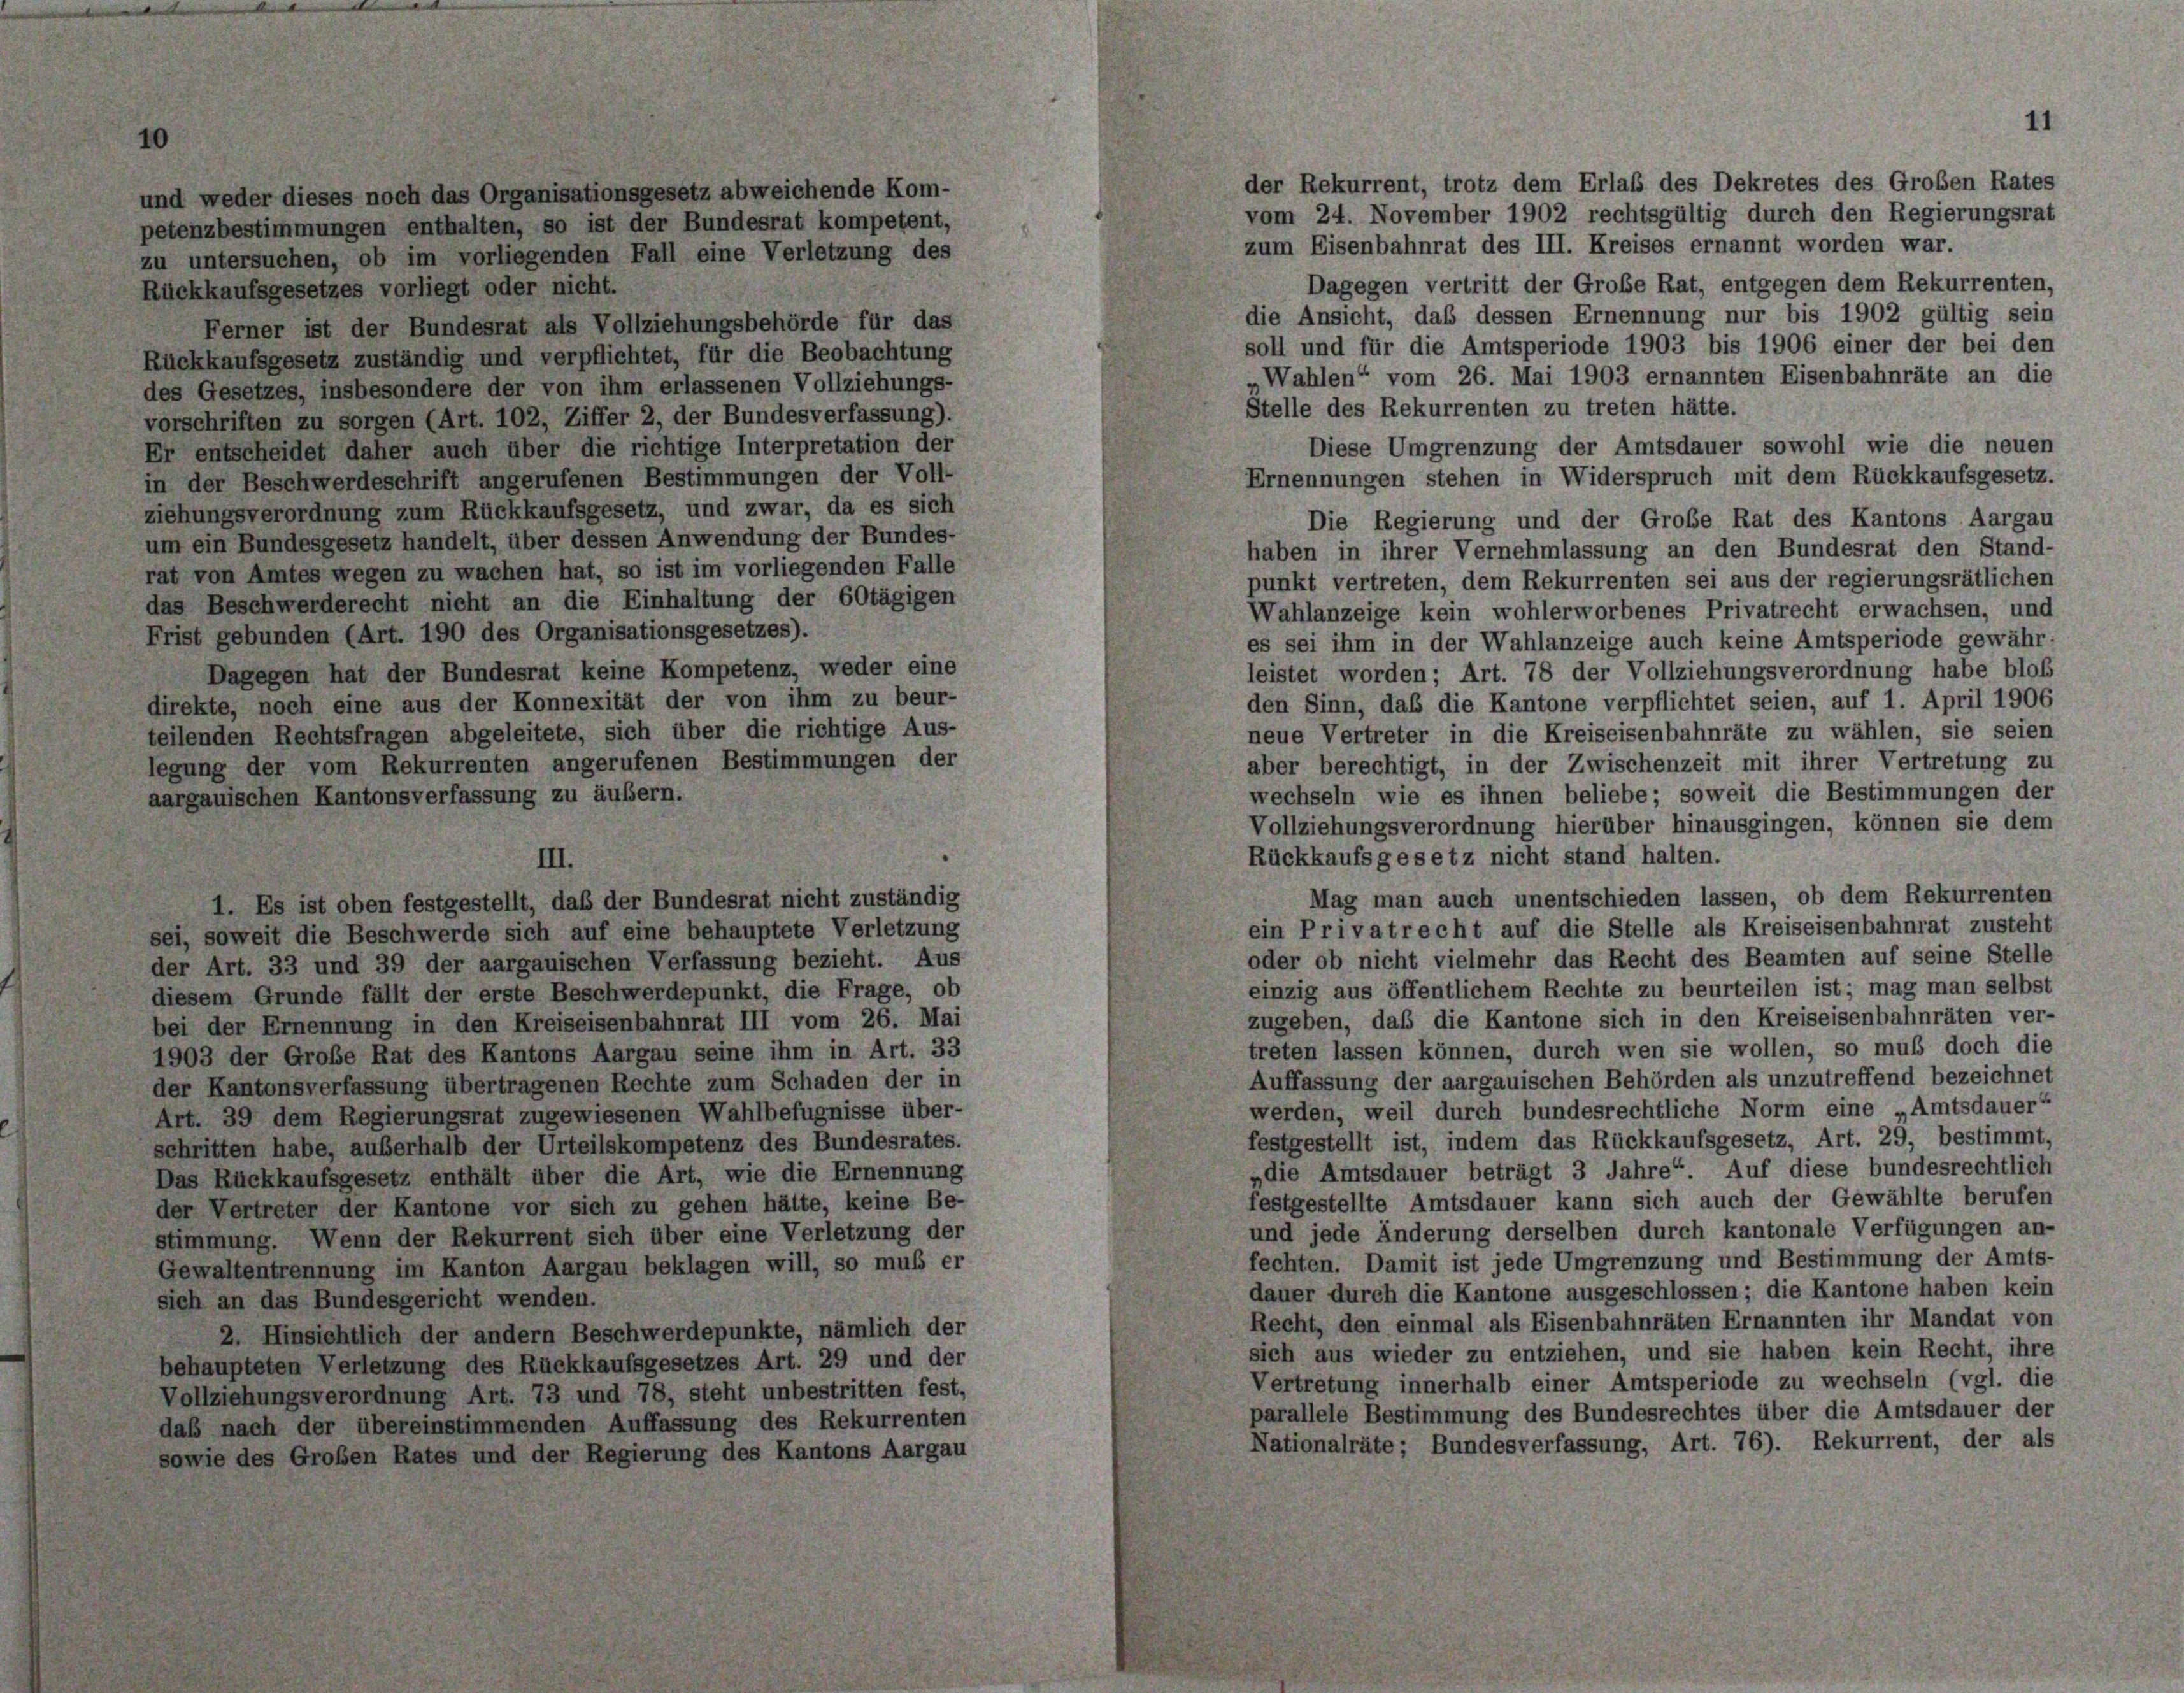
zu untersuchen, ob im vorliegenden Fall eine Verletzung des
Rückkaufsgesetzes vorliegt oder nicht.
Ferner ist der Bundesrat als Vollziehungsbehörde für das
Rückkaufsgesetz zuständig und verpflichtet, für die Beobachtung
des Gesetzes, insbesondere der von ihm erlassenen Vollziehungs-
vorschriften zu sorgen (Art. 102, Ziffer 2, der Bundesverfassung).
Er entscheidet daher auch über die richtige Interpretation der
in der Beschwerdeschrift angerufenen Bestimmungen der Voll-
ziehungsverordnung zum Rückkaufsgesetz, und zwar, da es sich
um ein Bundesgesetz handelt, über dessen Anwendung der Bundes-
rat von Amtes wegen zu wachen hat, so ist im vorliegenden Falle
das Beschwerderecht nicht an die Einhaltung der 60tägigen
Frist gebunden (Art. 190 des Organisationsgesetzes).
Dagegen hat der Bundesrat keine Kompetenz, weder eine
direkte, noch eine aus der Konnexität der von ihm zu beur-
teilenden Rechtsfragen abgeleitete, sich über die richtige Aus-
legung der vom Rekurrenten angerufenen Bestimmungen der
aargauischen Kantonsverfassung zu äußern.

1. Es ist oben festgestellt, daß der Bundesrat nicht zuständig
sei, soweit die Beschwerde sich auf eine behauptete Verletzung
der Art. 33 und 39 der aargauischen Verfassung bezieht. Aus
diesem Grunde fällt der erste Beschwerdepunkt, die Frage, ob
bei der Ernennung in den Kreiseisenbahnrat III vom 26. Mai
1903 der Große Rat des Kantons Aargau seine ihm in Art. 33
der Kantonsverfassung übertragenen Rechte zum Schaden der in
Art. 39 dem Regierungsrat zugewiesenen Wahlbefugnisse über-
schritten habe, außerhalb der Urteilskompetenz des Bundesrates.
Das Rückkaufsgesetz enthält über die Art, wie die Ernennung
der Vertreter der Kantone vor sich zu gehen hätte, keine Be-
stimmung. Wenn der Rekurrent sich über eine Verletzung der
Gewaltentrennung im Kanton Aargau beklagen will, so muß er
sich an das Bundesgericht wenden.
2. Hinsichtlich der andern Beschwerdepunkte, nämlich der
behaupteten Verletzung des Rückkaufsgesetzes Art. 29 und der
Vollziehungsverordnung Art. 73 und 78, steht unbestritten fest,
daß nach der übereinstimmenden Auffassung des Rekurrenten
sowie des Großen Rates und der Regierung des Kantons Aargau

tz abweichende Kom-

der Rekurrent, trotz dem Erlaß des Dekretes des Groben Rates
vom 24. November 1902 rechtsgültig durch den Regierungsrat
zum Eisenbahnrat des III. Kreises ernannt worden war.
Dagegen vertritt der Große Rat, entgegen dem Rekurrenten,
die Ansicht, das dessen Ernennung nur bis 1902 gültig sein
soll und für die Amtsperiode 1903 bis 1906 einer der bei den
Wahlen“ vom 26. Mai 1903 ernannten Eisenbahnräte an die
Stelle des Rekurrenten zu treten hätte.
Diese Umgrenzung der Amtsdauer sowohl wie die neuen
Ernennungen stehen in Widerspruch mit dem Rückkaufsgesetz.
Die Regierung und der Große Rat des Kantons Aargau
haben in ihrer Vernehmlassung an den Bundesrat den Stand-
punkt vertreten, dem Rekurrenten sei aus der regierungsrätlichen
Wahlanzeige kein wohlerworbenes Privatrecht erwachsen, und
es sei ihm in der Wahlanzeige auch keine Amtsperiode gewähr-
leistet worden; Art. 78 der Vollziehungsverordnung habe bloß
den Sinn, daß die Kantone verpflichtet seien, auf 1. April 1906
neue Vertreter in die Kreiseisenbahnräte zu wählen, sie seien
aber berechtigt, in der Zwischenzeit mit ihrer Vertretung zu
wechseln wie es ihnen beliebe; soweit die Bestimmungen der
Vollziehungsverordnung hierüber hinausgingen, können sie dem
Rückkaufsgesetz nicht stand halten.
Mag man auch unentschieden lassen, ob dem Rekurrenten
ein Privatrecht auf die Stelle als Kreiseisenbahnrat zusteht
oder ob nicht vielmehr das Recht des Beamten auf seine Stelle
einzig aus öffentlichem Rechte zu beurteilen ist; mag man selbst
zugeben, daß die Kantone sich in den Kreiseisenbahnräten ver-
treten lassen können, durch wen sie wollen, so muß doch die
Auffassung der aargauischen Behörden als unzutreffend bezeichnet
werden, weil durch bundesrechtliche Norm eine „Amtsdauer
festgestellt ist, indem das Rückkaufsgesetz, Art. 29, bestimmt,
„die Amtsdauer beträgt 3 Jahre“ Auf diese bundesrechtlich
festgestellte Amtsdauer kann sich auch der Gewählte berufen
und jede Änderung derselben durch kantonale Verfügungen an-
fechten. Damit ist jede Umgrenzung und Bestimmung der Amts-
dauer durch die Kantone ausgeschlossen; die Kantone haben kein
Recht, den einmal als Eisenbahnräten Ernannten ihr Mandat von
sich aus wieder zu entziehen, und sie haben kein Recht, ihre
Vertretung innerhalb einer Amtsperiode zu wechseln (vgl. die
parallele Bestimmung des Bundesrechtes über die Amtsdauer der
Nationalräte: Bundesverfassung, Art. 76). Rekurrent, der als

11